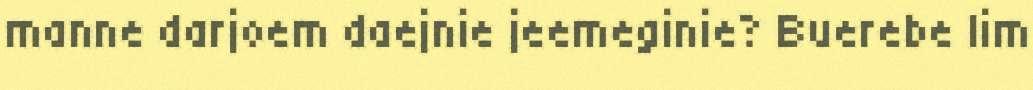
manne darjoem daejnie jeemeginie? Buerebe lim